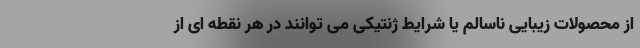
از محصولات زیبایی ناسالم یا شرایط ژنتیکی می توانند در هر نقطه ای از